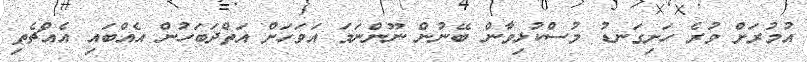
އުމުރަށް ވުރެ ހަށިގަނޑު މުސްކުޅިވާން ބޭނުން ނޫންނަމަ އަވަހަށް އަތްދަބަހުން އެއްބައި އެއްޗެތި